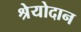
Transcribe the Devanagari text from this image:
श्रेयोदान